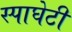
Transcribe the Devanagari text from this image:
स्पाघेटी